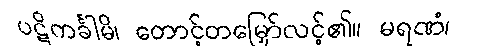
ပဋိကင်္ခါမိ၊ တောင့်တမြှော်လင့်၏။ မရဏံ၊